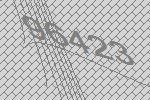
96423